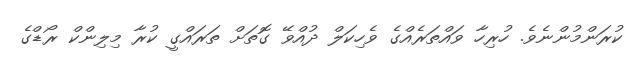
ކުރަންމުންނެވެ. ހުރިހާ ވައްތަރެއްގެ ވެހިކަލް ދުއްވޭ ގޮތަށް ތަރައްގީ ކުރާ މިލިންކް ރޯޑްގެ